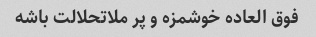
فوق العاده خوشمزه و پر ملاتحلالت باشه